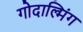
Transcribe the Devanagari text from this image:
गोदाल्मिंग